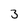
Character: 3